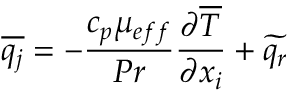
\overline { { q _ { j } } } = - \frac { c _ { p } \mu _ { e f f } } { P r } \frac { \partial \overline { { T } } } { \partial x _ { i } } + \widetilde { q _ { r } }